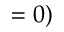
= 0 )